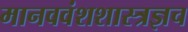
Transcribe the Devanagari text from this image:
मानववंशशास्त्रज्ञच